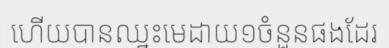
ហើយបានឈ្នះមេដាយ១ចំនួនផងដែរ